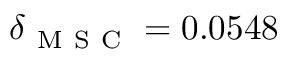
\delta _ { \mathrm { ~ M ~ S ~ C ~ } } = 0 . 0 5 4 8